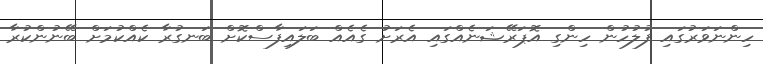
ހިންނަވަރުގައި ފުލުހުން ހިންގި އޮޕަރޭޝަނެއްގައި އެރަށު ގެއެއް ބަލައިފާސްކޮށް ބަނގުރާ ކެއްކުމަށް ބޭނުންކުރާ